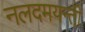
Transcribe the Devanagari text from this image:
नलदमयन्ती